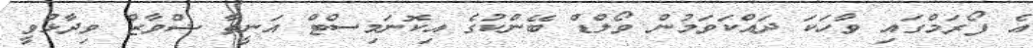
އެ ފޯރަމްގައި ވާހަކަ ދައްކަވަމުން ވޯލްޑް ބޭންކުގެ އިކޮނަމިސްޓް އަނީތާ ޝްވާޒް ވިދާޅުވީ